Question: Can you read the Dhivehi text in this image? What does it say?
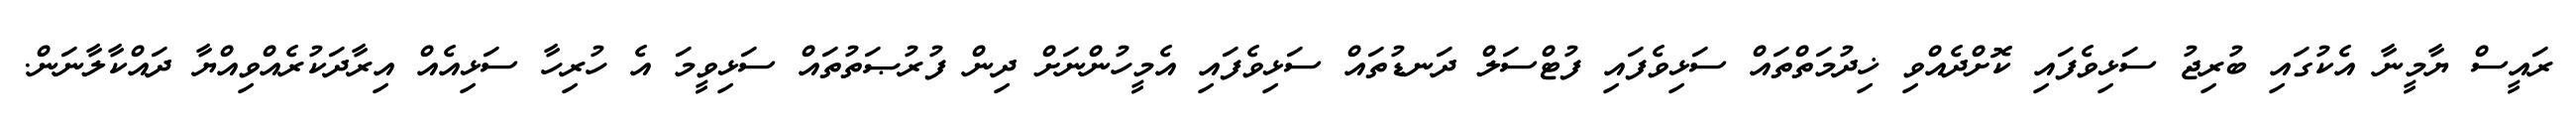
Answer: ރައީސް ޔާމީނާ އެކުގައި ބުރިޖު ސަޅިވެފައި ކޮށްދެއްވި ޚިދުމަތްތައް ސަޅިވެފައި ފުޓްސަލް ދަނޑުތައް ސަޅިވެފައި އެމީހުންނަށް ދިން ފުރުޞަތުތައް ސަޅިވީމަ އެ ހުރިހާ ސަޅިއެއް އިރާދަކުރެއްވިއްޔާ ދައްކާލާނަން.